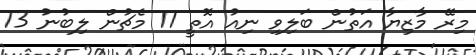
މިރޭ މާޒިޔާ އަތުން ބަލިވި ނިއު އޮތީ 11 މެޗުން ލިބުނު 13